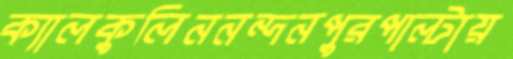
ক্যালকুলিননন্দনপুরপাল্টায়